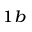
^ { 1 b }